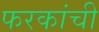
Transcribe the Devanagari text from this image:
फरकांची